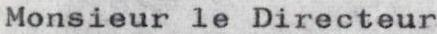
Monsieur le Directeur